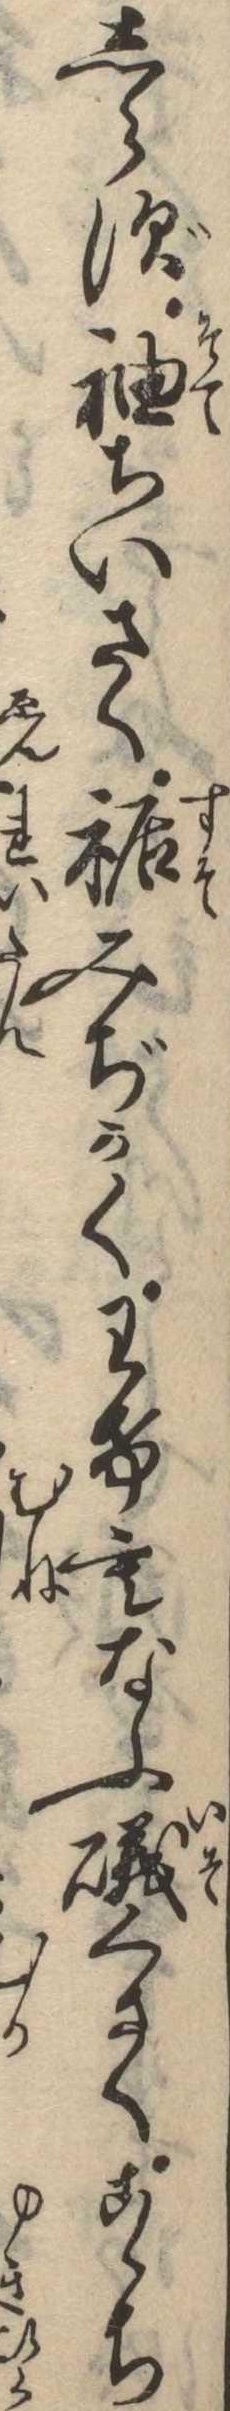
しらず袖ちいさく裾みぢかくわけもなふ磯くさくこゝち